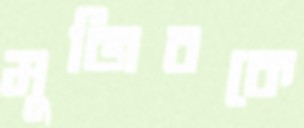
মুজিবকে